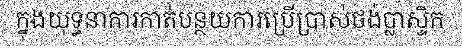
ក្នុងយុទ្ធនាការកាត់បន្ថយការប្រើប្រាស់ថង់ប្លាស្ទិក